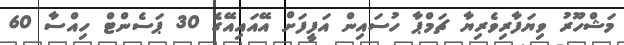
މަޝްހޫރު ވިޔަފާރިވެރިޔާ ޗަމްޕާ ހުސައިން އަފީފަށް އޭއައިއޭގެ 30 ޕަސެންޓް ހިއްސާ 60